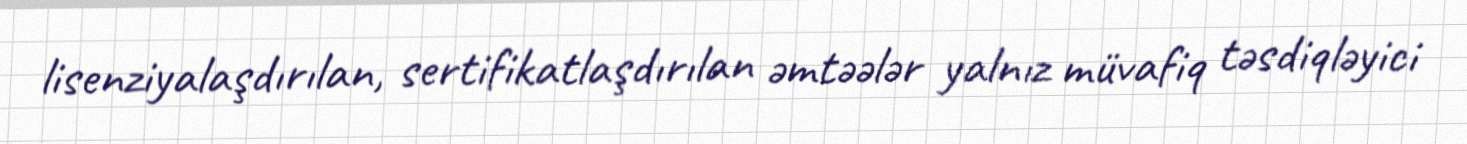
lisenziyalaşdırılan, sertifikatlaşdırılan əmtəələr yalnız müvafiq təsdiqləyici